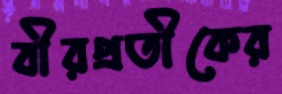
বীরপ্রতীকের